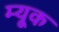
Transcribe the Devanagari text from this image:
म्यूक